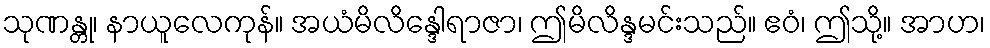
သုဏန္တု၊ နာယူလေကုန်။ အယံမိလိန္ဒေါရာဇာ၊ ဤမိလိန္ဒမင်းသည်။ ဧဝံ၊ ဤသို့။ အာဟ၊